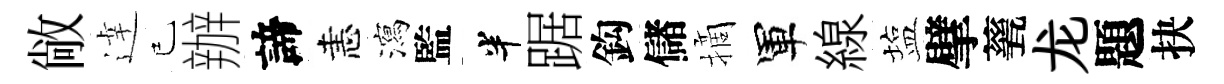
敞逹已辦諦恚瀉監半踞鈎儲摘軍線塩擘甆龙題抉